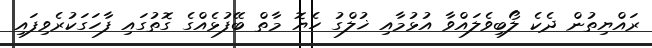
ރައްޔިތުން ދެކެ ލޯބިވެލައްވާ އުޅުމާއި ޚުލްގު ހެޔޮ މާތް ބޭފުޅެއްގެ ގޮތުގައި ފާހަގަކުރެވިފައި